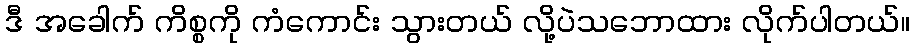
ဒီ အခေါက် ကိစ္စကို ကံကောင်း သွားတယ် လို့ပဲသဘောထား လိုက်ပါတယ်။